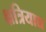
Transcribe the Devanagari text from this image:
क्षत्रियाद्य